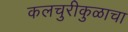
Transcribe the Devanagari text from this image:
कलचुरीकुळाचा